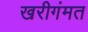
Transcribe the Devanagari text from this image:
खरीगंमत